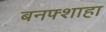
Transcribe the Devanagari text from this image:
बनफ्शाहा